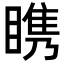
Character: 𪾷